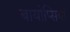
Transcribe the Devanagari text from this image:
बायोप्सियां